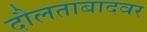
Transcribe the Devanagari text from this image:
दौलताबादवर